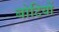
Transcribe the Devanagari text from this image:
बोटियों